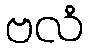
ဗလံ